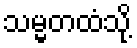
သမ္မတထံသို့